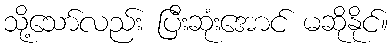
သို့သော်လည်း ပြီးဆုံးအောင် မဆိုနိုင်။